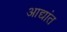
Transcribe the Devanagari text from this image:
आद्यांत